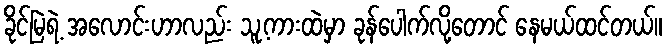
ခိုင်မြဲရဲ့ အလောင်းဟာလည်း သူ့ကားထဲမှာ ခုန်ပေါက်လို့တောင် နေမယ်ထင်တယ်။